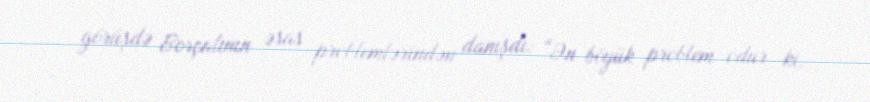
görüşdə Borçalının əsas problemlərindən danışdı: “Ən böyük problem odur ki,